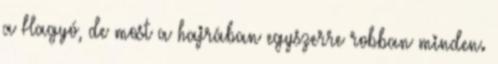
a Hagyó, de most a hajrában egyszerre robban minden.